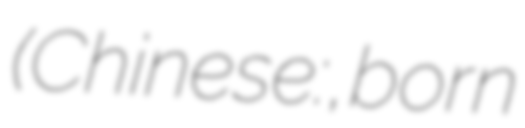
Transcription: (Chinese: 陈凤青, born